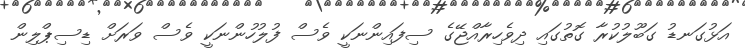
އަޅުގަނޑު ގަބޫލުކުރާ ގޮތުގައި ދިވެހިރާއްޖޭގެ ސިފައިންނަކީ ވެސް ފުލުހުންނަކީ ވެސް ވަރަށް ޑިސިޕްލިން